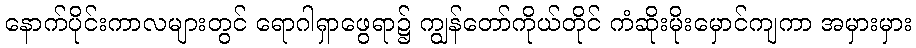
နောက်ပိုင်းကာလများတွင် ရောဂါရှာဖွေရာ၌ ကျွန်တော်ကိုယ်တိုင် ကံဆိုးမိုးမှောင်ကျကာ အမှားမှား